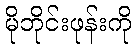
မိုဘိုင်းဖုန်းကို